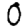
Digit: 0